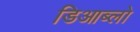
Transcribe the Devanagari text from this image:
डिआब्लो